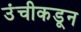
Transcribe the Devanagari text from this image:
उंचीकडून